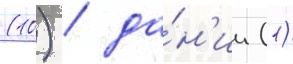
(10) / да́н'ии (1)